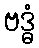
ဗဒ္ဓံ